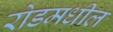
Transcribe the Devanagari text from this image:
रोडमधील